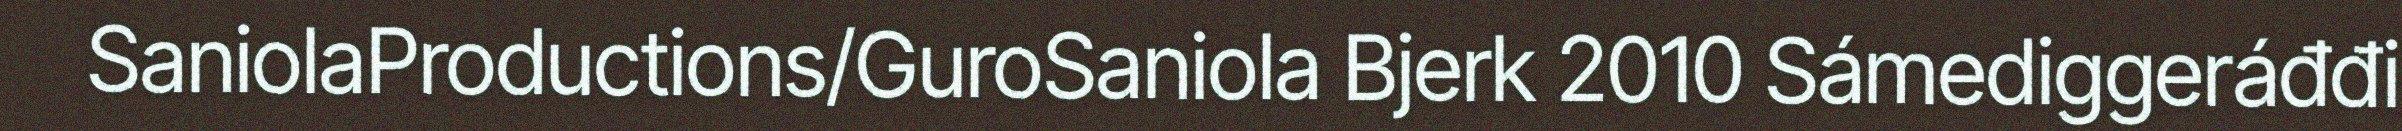
SaniolaProductions/GuroSaniola Bjerk 2010 Sámediggeráđđi